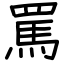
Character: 罵